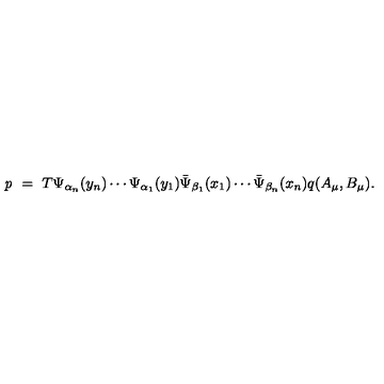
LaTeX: { \it p } \ = \ T \Psi _ { \alpha _ { n } } ( y _ { n } ) \cdots \Psi _ { \alpha _ { 1 } } ( y _ { 1 } ) \bar { \Psi } _ { \beta _ { 1 } } ( x _ { 1 } ) \cdots \bar { \Psi } _ { \beta _ { n } } ( x _ { n } ) q ( A _ { \mu } , B _ { \mu } ) .